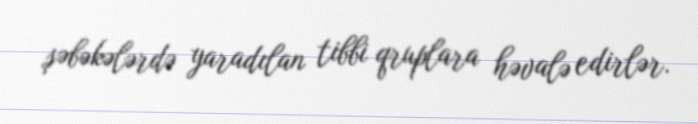
şəbəkələrdə yaradılan tibbi qruplara həvalə edirlər.